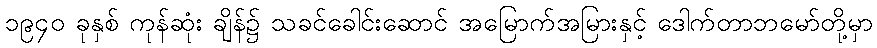
၁၉၄၀ ခုနှစ် ကုန်ဆုံး ချိန်၌ သခင်ခေါင်းဆောင် အမြောက်အမြားနှင့် ဒေါက်တာဘမော်တို့မှာ